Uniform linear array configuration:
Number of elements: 8
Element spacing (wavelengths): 0.75
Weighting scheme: hamming
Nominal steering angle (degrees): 30
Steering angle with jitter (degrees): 28.246
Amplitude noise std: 0.05
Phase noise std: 0.05

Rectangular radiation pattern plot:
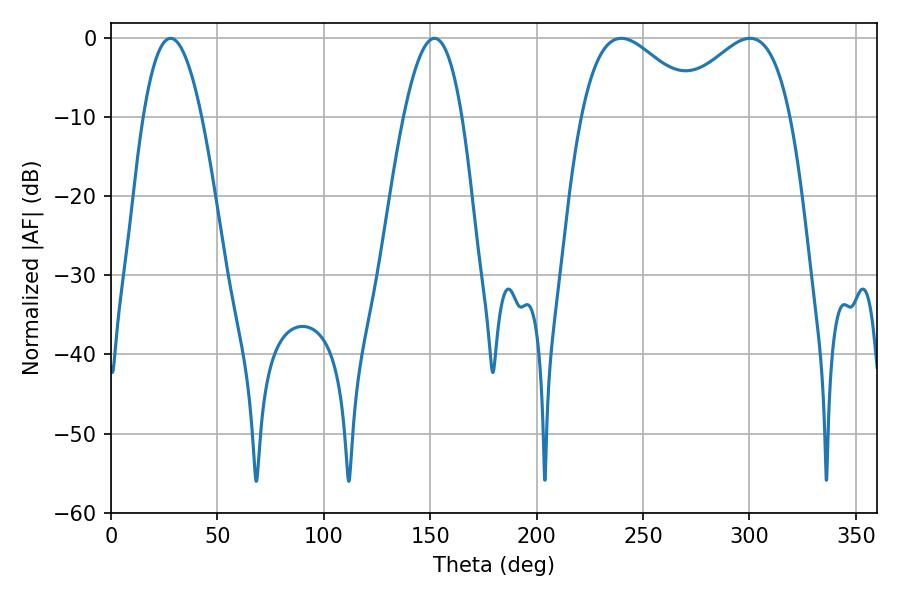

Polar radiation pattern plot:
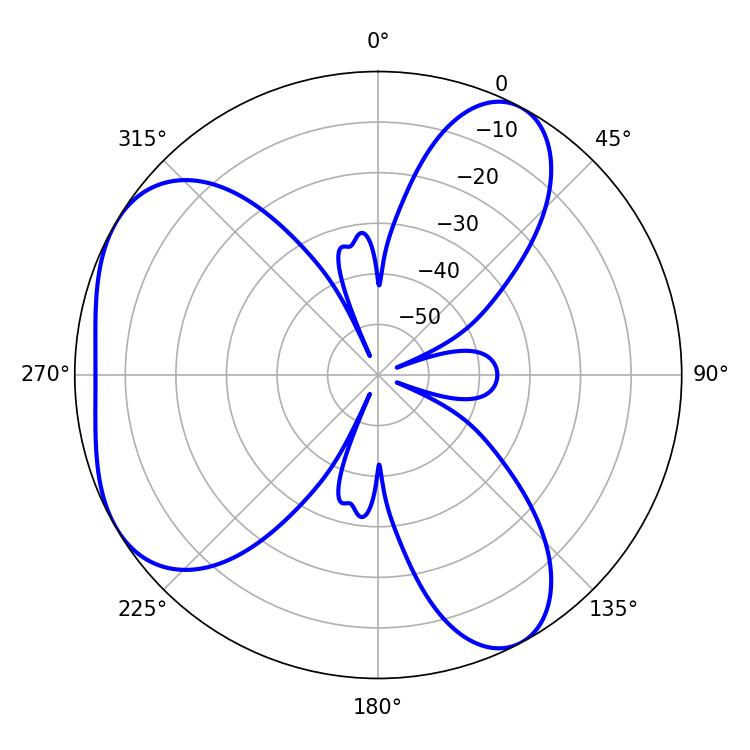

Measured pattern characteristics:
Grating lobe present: TRUE
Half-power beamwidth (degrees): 30.24
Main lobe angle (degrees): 239.76